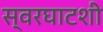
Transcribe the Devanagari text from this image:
स्वरघाटशी